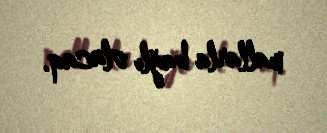
mallarla bağlı olacaq.